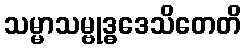
သမ္မာသမ္ဗုဒ္ဓဒေသိတေတိ